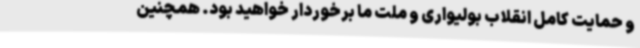
و حمایت کامل انقلاب بولیواری و ملت ما برخوردار خواهید بود. همچنین